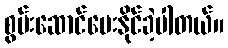
စွမ်းဆောင်ပေးနိုင်ခဲ့ပါတယ်။